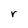
Character: r